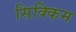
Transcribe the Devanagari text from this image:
सिक्किम